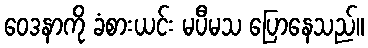
ဝေဒနာကို ခံစားယင်း မပီမသ ပြောနေသည်။